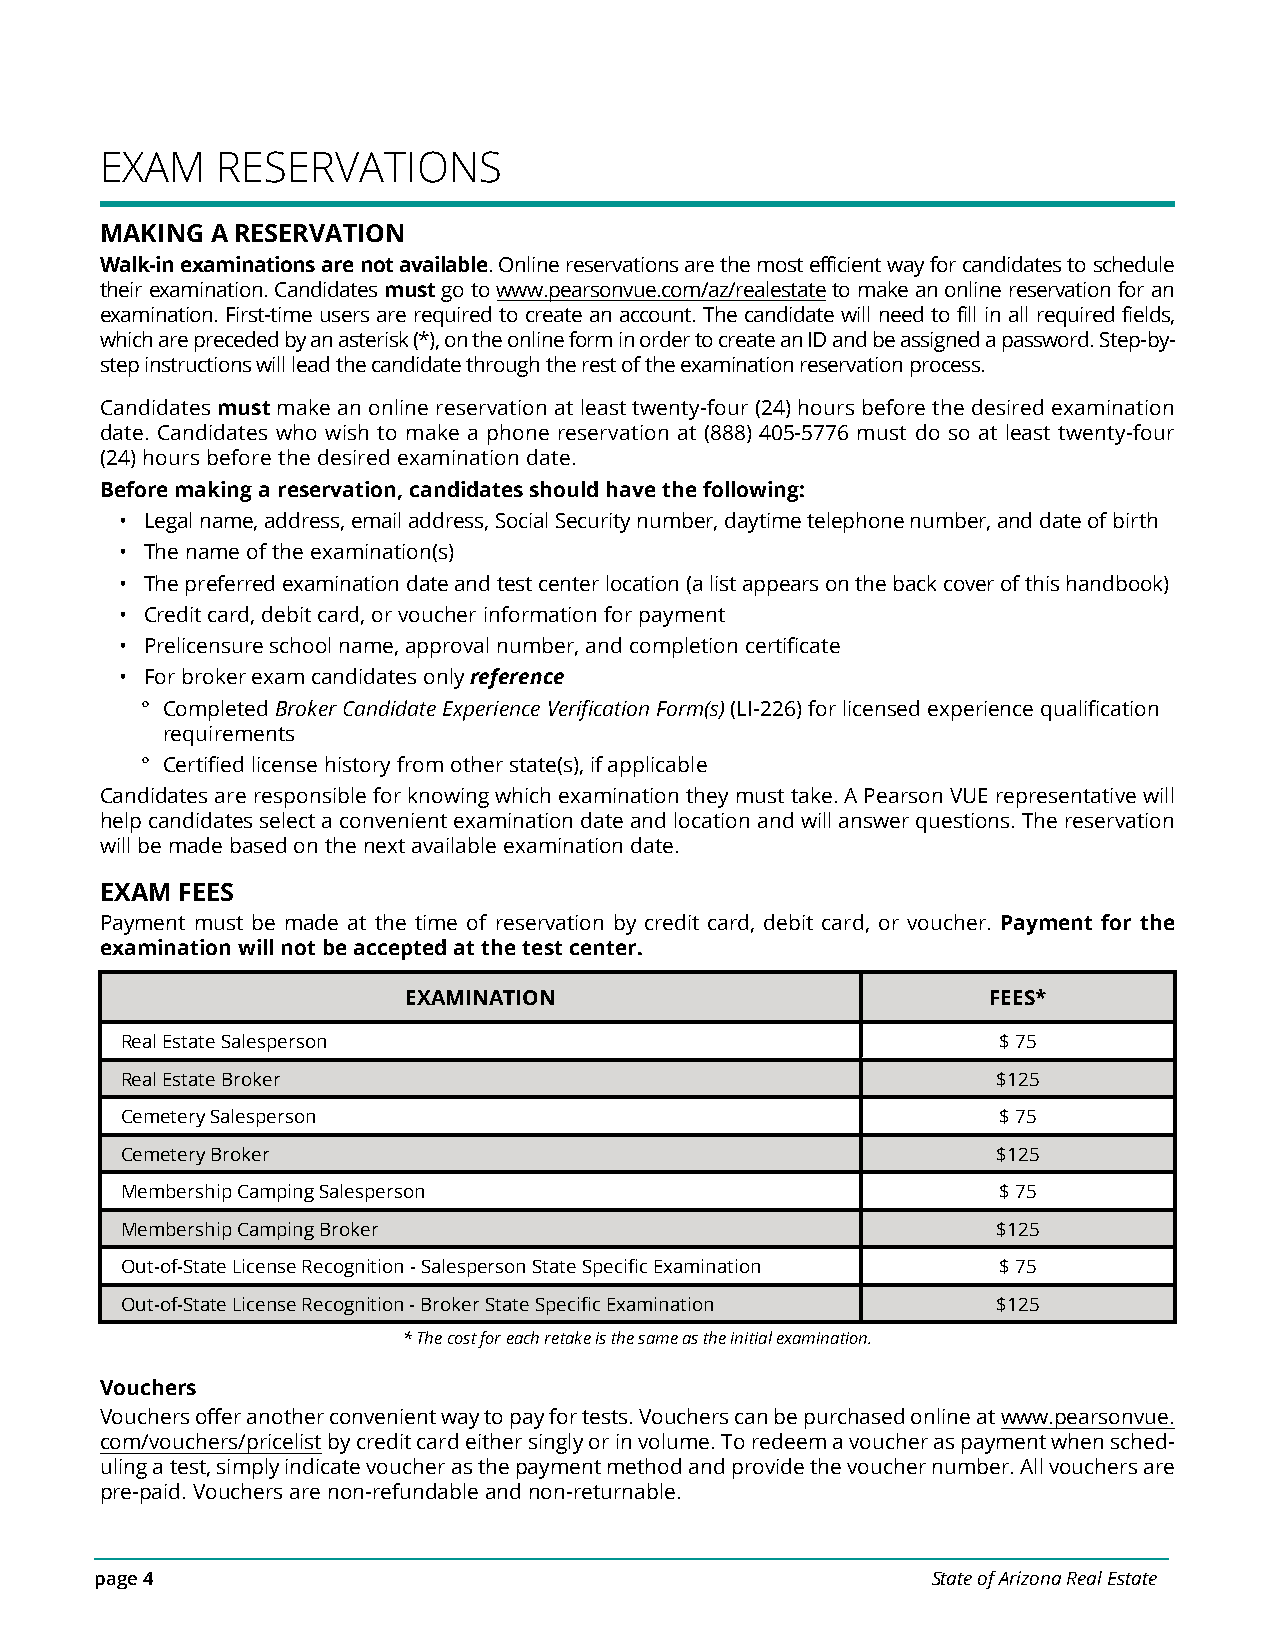
EXAM   RESERVATIONS
 MAKING A RESERVATION
 Walk-in examinations are not available. Online reservations are the most efficient way for candidates to schedule
 their examination. Candidates must go to www.pearsonvue.com/az/realestate to make an online reservation for an
 examination. First-time users are required to create an account. The candidate will need to fill in all required fields,
 which are preceded by an asterisk (*), on the online form in order to create an ID and be assigned a password. Step-by-
 step instructions will lead the candidate through the rest of the examination reservation process.
 Candidates must make an online reservation at least twenty-four (24) hours before the desired examination
 date. Candidates who wish to make a phone reservation at (888) 405-5776 must do so at least twenty-four
 (24) hours before the desired examination date.
 Before making a reservation, candidates should have the following:
 • Legal name, address, email address, Social Security number, daytime telephone number, and date of birth
 • The name of the examination(s)
 • The preferred examination date and test center location (a list appears on the back cover of this handbook)
 • Credit card, debit card, or voucher information for payment
 • Prelicensure school name, approval number, and completion certificate
 • For broker exam candidates only reference
 ° Completed Broker Candidate Experience Verification Form(s) (LI-226) for licensed experience qualification
 requirements
 ° Certified license history from other state(s), if applicable
 Candidates are responsible for knowing which examination they must take. A Pearson VUE representative will
 help candidates select a convenient examination date and location and will answer questions. The reservation
 will be made based on the next available examination date.
 EXAM FEES
 Payment must be made at the time of reservation by credit card, debit card, or voucher. Payment for the
 examination will not be accepted at the test center.
 EXAMINATION                           FEES*
 Real Estate Salesperson                                   $ 75
 Real Estate Broker                                        $125
 Cemetery Salesperson                                      $ 75
 Cemetery Broker                                           $125
 Membership Camping Salesperson                            $ 75
 Membership Camping Broker                                 $125
 Out-of-State License Recognition - Salesperson State Specific Examination $ 75
 Out-of-State License Recognition - Broker State Specific Examination $125
 * The cost for each retake is the same as the initial examination.
 Vouchers
 Vouchers offer another convenient way to pay for tests. Vouchers can be purchased online at www.pearsonvue.
 com/vouchers/pricelist by credit card either singly or in volume. To redeem a voucher as payment when sched-
 uling a test, simply indicate voucher as the payment method and provide the voucher number. All vouchers are
 pre-paid. Vouchers are non-refundable and non-returnable.
 page 4                                                  State of Arizona Real Estate